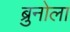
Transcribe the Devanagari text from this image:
ब्रुनोला